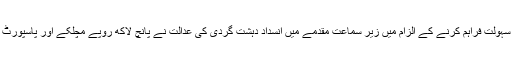
انہیں بدھ کو دہشت گردوں کے علاج میں سہولت فراہم کرنے کے الزام میں زیر سماعت مقدمے میں انسداد دہشت گردی کی عدالت نے پانچ لاکھ روپے مچلکے اور پاسپورٹ جمع کرانے کے عوض ضمانت دی گئی۔